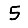
Digit: 5